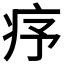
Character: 𤵈